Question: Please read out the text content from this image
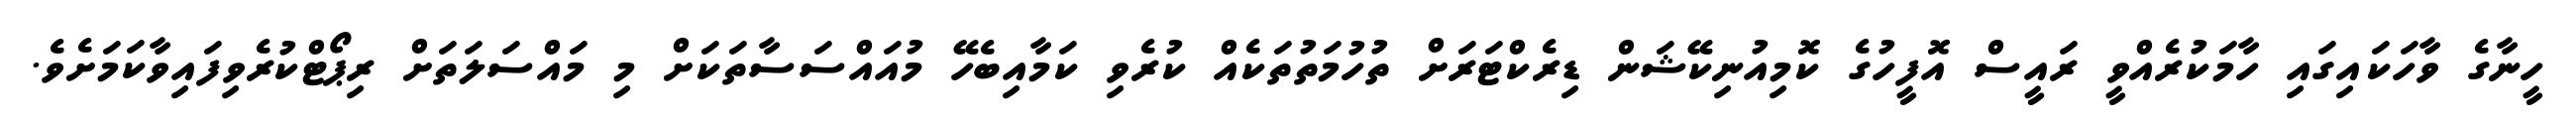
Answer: ހީނާގެ ވާހަކައިގައި ހާމަކުރެއްވީ ރައީސް އޮފީހުގެ ކޮމިއުނިކޭޝަން ޑިރެކްޓަރަށް ތުހުމަތުތަކެއް ކުރެވި ކަމާއިބެހޭ މުއައްސަސާތަކަށް މި މައްސަލަތަށް ރިޕޯޓްކުރެވިފައިވާކަމަށެވެ.